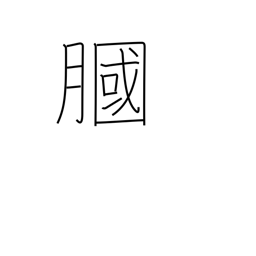
Meaning: hollow of knee